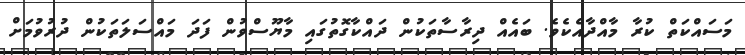
މަސައްކަތް ކުރާ މާއްދާއެކެވެ. ބައެއް ދިރާސާތަކުން ދައްކާގޮތުގައި މާޔޫސްވުން ފަދަ މައްސަލަތަކުން ދުރުވުމަށް